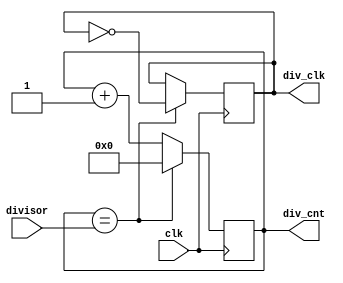
module clk_divider(input clk, input [7:0] divisor, output [7:0] div_cnt, output div_clk);

    reg [7:0] div_cnt_ = 0;
    reg div_clk_;
    assign div_cnt = div_cnt_;
    assign div_clk = div_clk_;

    always @(posedge clk)
    begin
        if(div_cnt == divisor) begin
            div_cnt_ <= 8'd0;
            div_clk_ = !div_clk_;
        end else
            div_cnt_ <= div_cnt_ + 1;
    end

endmodule